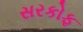
સરકોફ